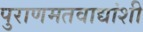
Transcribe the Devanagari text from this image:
पुराणमतवाद्यांशी